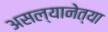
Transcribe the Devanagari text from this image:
असल्यानेत्या